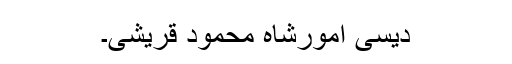
دیسی امورشاہ محمود قریشی۔